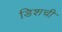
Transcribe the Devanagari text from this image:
डिशची